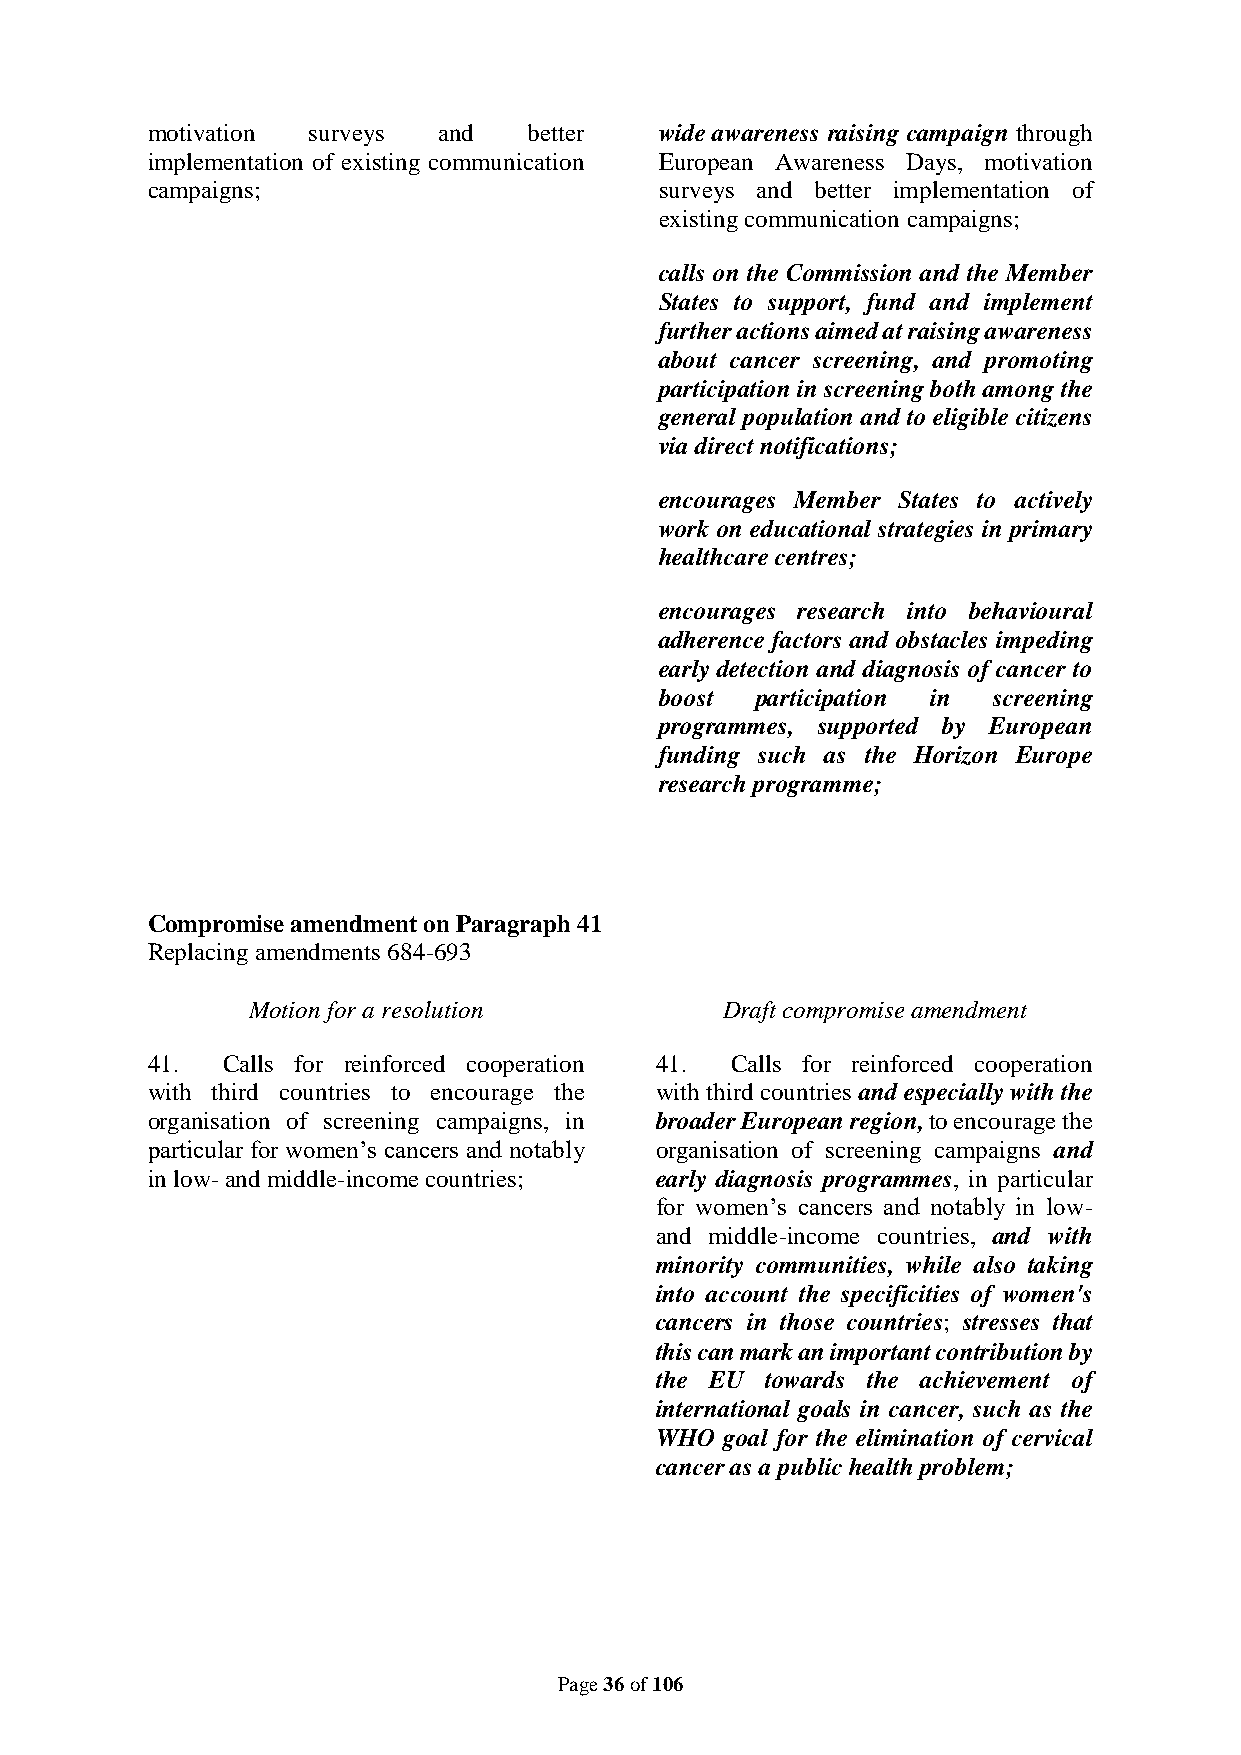
motivation surveys and   better   wide awareness raising campaign through
 implementation of existing communication European Awareness Days, motivation
 campaigns;                        surveys and better implementation of
 existing communication campaigns;
 calls on the Commission and the Member
 States to support, fund and implement
 further actions aimed at raising awareness
 about cancer screening, and promoting
 participation in screening both among the
 general population and to eligible citizens
 via direct notifications;
 encourages Member States to actively
 work on educational strategies in primary
 healthcare centres;
 encourages research into behavioural
 adherence factors and obstacles impeding
 early detection and diagnosis of cancer to
 boost participation in screening
 programmes, supported by European
 funding such as the Horizon Europe
 research programme;
 Compromise amendment on Paragraph 41
 Replacing amendments 684-693
 Motion for a resolution         Draft compromise amendment
 41.  Calls for reinforced cooperation 41. Calls for reinforced cooperation
 with third countries to encourage the with third countries and especially with the
 organisation of screening campaigns, in broader European region, to encourage the
 particular for women’s cancers and notably organisation of screening campaigns and
 in low- and middle-income countries; early diagnosis programmes, in particular
 for women’s cancers and notably in low-
 and middle-income countries, and with
 minority communities, while also taking
 into account the specificities of women's
 cancers in those countries; stresses that
 this can mark an important contribution by
 the EU  towards the achievement of
 international goals in cancer, such as the
 WHO  goal for the elimination of cervical
 cancer as a public health problem;
 Page 36 of 106